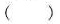
()